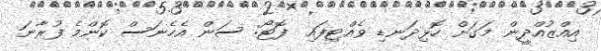
އިއްޒުއްދީން މަގަށް ހޮޅިދަނޑި ވެއްޓިފައި  ފޮޓޯ: ސަން އެހެނަސް ކޮންމެ ފުރާނަ